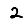
Digit: 2